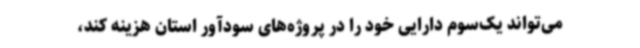
می‌تواند یک‌سوم دارایی خود را در پروژه‌های سودآور استان هزینه کند،